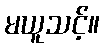
မယူသင့်။